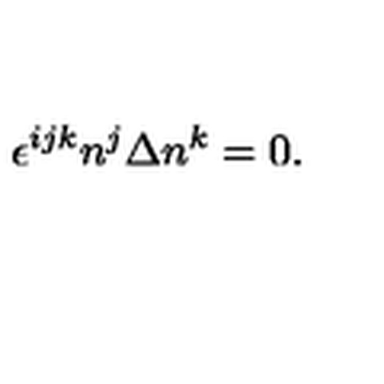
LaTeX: \epsilon ^ { i j k } n ^ { j } \Delta n ^ { k } = 0 .